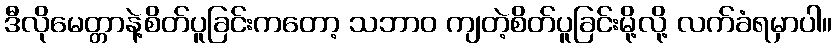
ဒီလိုမေတ္တာနဲ့စိတ်ပူခြင်းကတော့ သဘာဝ ကျတဲ့စိတ်ပူခြင်းမို့လို့ လက်ခံရမှာပါ။